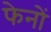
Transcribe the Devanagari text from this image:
फेनों